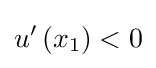
u'\left(x_{1}\right)<0